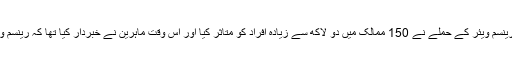
حال ہی میں دنیا بھر میں ہونے والے رینسم ویئر کے حملے نے 150 ممالک میں دو لاکھ سے زیادہ افراد کو متاثر کیا اور اس وقت ماہرین نے خبردار کیا تھا کہ رینسم ویئر کے اور کیس سامنے آ سکتے ہیں۔